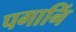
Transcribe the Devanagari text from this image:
पगानिं